Leaving Certificate Examination, 1916
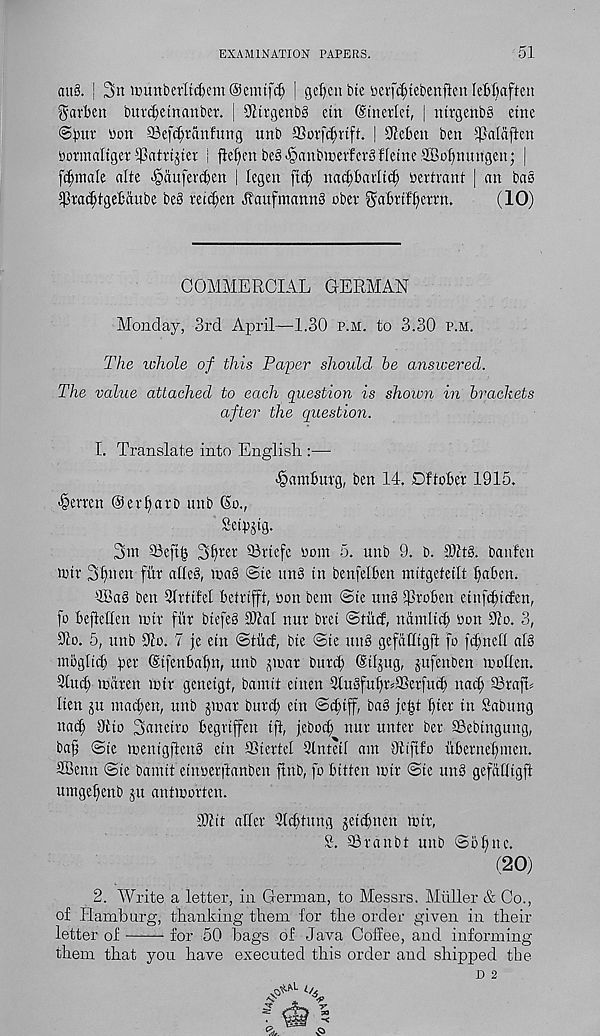
EXAMINATION PAPERS.
51
cut3. j 2>rt »nmberltd)em@cmtfdj | gefyctt i)te vjerfd;tebenftcn lefiftaften
gavben bur^etnanber. | SlJtrgenbS etn (Etnerlet, | ntrgenbS etne
i'oit ©efc^rdnfung unb aSorfc^rtft. ! 9ieben ben ^Paldflen
tiormaltget ^pati't.jter | jte^ien be§-§anbtcerfcrg Heine SBoftmutgen; |
female alte ^dufevd)en | legen fid) natparftdj bertmnt | an bas
5)3i:a^fge£dube be3 rei^en ^aufmannS obev gabrif^errn.
(10)
COMMERCIAL GERMAN
Monday, 3rd April—1.30 p.m. to 3.30 p.m.
The whole of this Paper should he answered.
The value attached to each question is shoiun in brackets
after the question.
1. Translate into English :—■
Hamburg, ben 14. Dftober 1915.
>§emn @erf)arb unb 6o.,
Sctpstg.
3in 93eft| 3§ter ©rtefe worn 5. unb 9. b. 9)h8. banfcn
twir 3f)»en fiir atteS, ina8 @te unS in benfelben mitgeteilt baben.
4Ba3 ben 9IrtifeI betrifft, bon bem @te un3 Troben ettifditcfen,
fo befletten nur fitr btefe3 2)lal nur bret ©tiitf, ndntltcb bon 9io. 3,
91o. 5, unb iJio. 7 je etn ©tiirf, bte @te utt3 gefdhtgft fo fcbnefi al§
nibgticb ^er (Stfenbabn, unb jtoar burcb @tljug, jufenben tuotten.
9tucb todren tutr genetgt, bamit etnen 9tugfub^®erfu$ uad; ©raft^
lien ju madden, unb jtcar bttrd) etn ©cbtff, ba§ jc|t 'fyn in Sabttng
nad; Oito 3«netro begrtffen tft, jebotb nur unter ber SSebingung,
baf (5te nientgfteng etn ffiiertel Qlntetf am Oitftfo itbernebmcn.
SBenn @te bamit einberftanben ftnb, fo bitten toir (Ste un§ gefddigft
umgebenb ju antmorten.
SJiit atfer 'Kcbtung jcttbnen mir,
S. S3ra nbt unb ©obnc.
' (20)
2. Write a letter, in German, to Messrs. Muller & Co.,
of Hamburg, thanking them for the order given in their
letter of
-for 50 bags of Java Coffee, and informing
them that you have executed this order and shipped the
D 2